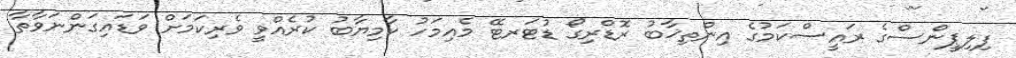
ފިލިޕީންސްގެ ރައީސްކަމުގެ އިންތިޚާބު ރޮޑްރިގޯ ޑުޓަރޓޭ މެއިމަހު ކާމިޔާބު ކުރެއްވީ ވެރިކަމަށް ވަޑައިގަންނަވާތާ